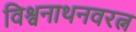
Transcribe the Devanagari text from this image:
विश्वनाथनवरत्न